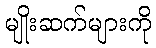
မျိုးဆက်များကို